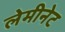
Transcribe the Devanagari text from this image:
लेमीनेट